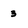
Character: 3